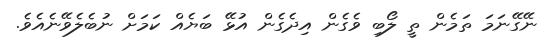
ނޭގޭނަމަ ތަމެން ތީ ލޯބި ވެގެން އިދެގެން އުޅޭ ބަޔެއް ކަމަށް ނުބެލެވޭނެއެވެ.